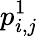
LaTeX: p_{i,j}^{1}